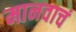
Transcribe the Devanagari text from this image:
मानवाचं